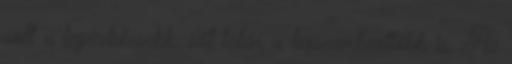
volt a legérdekesebb, sőt talán a legszembeötlőbb is. Az